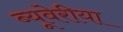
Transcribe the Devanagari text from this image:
ब्‍यूवेरीया